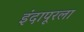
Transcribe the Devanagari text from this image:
इंदापूरला